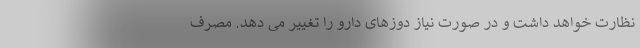
نظارت خواهد داشت و در صورت نیاز دوزهای دارو را تغییر می دهد. مصرف